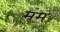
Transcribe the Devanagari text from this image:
मंम